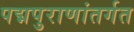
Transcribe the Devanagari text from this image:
पद्मपुराणांतर्गत